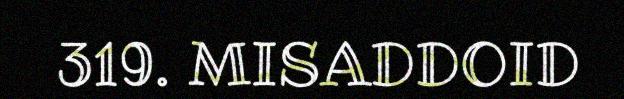
319. MISADDOID